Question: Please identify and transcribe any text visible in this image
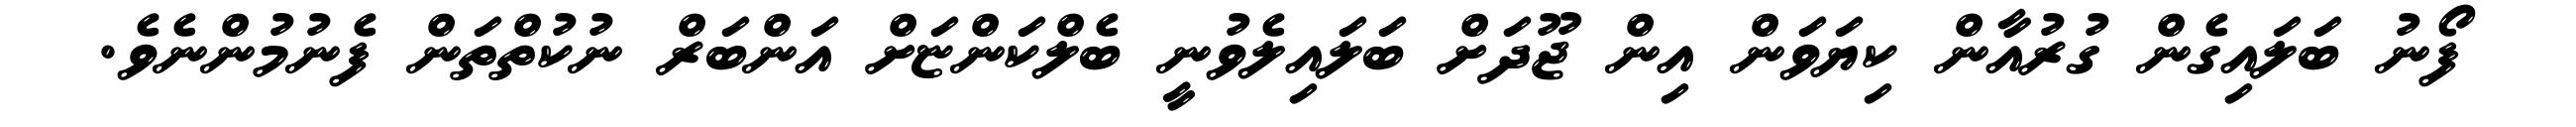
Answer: ފޯނު ބަލައިގެން ގުރުއާން ކިޔަވަން އިން ޖޫދަށް ބަލައިލެވުނީ ބެލްކަންޏަށް އަންބަރް ނުކުތްތަން ފެނުމުންނެވެ.